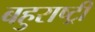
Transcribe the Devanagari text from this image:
बहुराष्ट्री